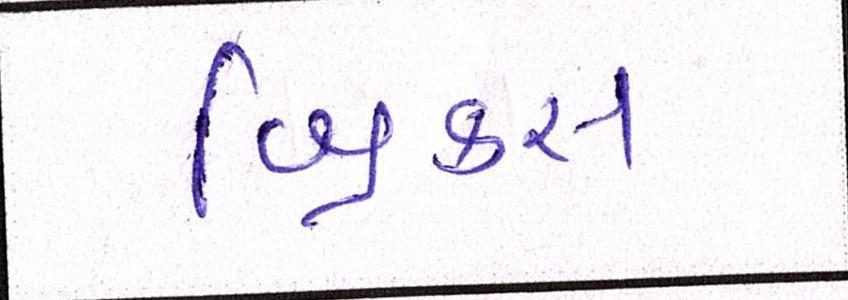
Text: બ્રિક્સ